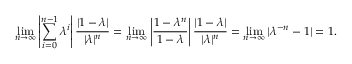
\operatorname* { l i m } _ { n \to \infty } \left| \sum _ { i = 0 } ^ { n - 1 } \lambda ^ { i } \right| \frac { | 1 - \lambda | } { | \lambda | ^ { n } } = \operatorname* { l i m } _ { n \to \infty } \left| \frac { 1 - \lambda ^ { n } } { 1 - \lambda } \right| \frac { | 1 - \lambda | } { | \lambda | ^ { n } } = \operatorname* { l i m } _ { n \to \infty } | \lambda ^ { - n } - 1 | = 1 .